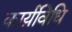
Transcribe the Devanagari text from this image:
कार्य़विधि